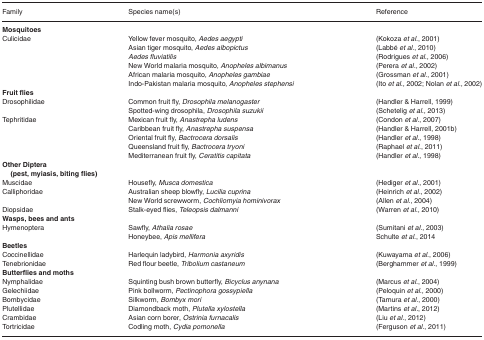
<table><thead><tr><td><b>Family</b></td><td><b>Species name(s)</b></td><td><b>Reference</b></td></tr></thead><tbody><tr><td colspan="2"><b>Mosquitoes</b></td><td></td></tr><tr><td rowspan="6">Culicidae</td><td>Yellow fever mosquito, <i>Aedes aegypti</i></td><td>(Kokoza <i>et al.</i>, 2001)</td></tr><tr><td>Asian tiger mosquito, <i>Aedes albopictus</i></td><td>(Labbé <i>et al.</i>, 2010)</td></tr><tr><td><i>Aedes fluviatilis</i></td><td>(Rodrigues <i>et al.</i>, 2006)</td></tr><tr><td>New World malaria mosquito, <i>Anopheles albimanus</i></td><td>(Perera <i>et al.</i>, 2002)</td></tr><tr><td>African malaria mosquito, <i>Anopheles gambiae</i></td><td>(Grossman <i>et al.</i>, 2001)</td></tr><tr><td>Indo‐Pakistan malaria mosquito, <i>Anopheles stephensi</i></td><td>(Ito <i>et al.</i>, 2002; Nolan <i>et al.</i>, 2002)</td></tr><tr><td colspan="2"><b>Fruit flies</b></td><td></td></tr><tr><td rowspan="2">Drosophilidae</td><td>Common fruit fly, <i>Drosophila melanogaster</i></td><td>(Handler &amp; Harrell, 1999)</td></tr><tr><td>Spotted‐wing drosophila, <i>Drosophila suzukii</i></td><td>(Schetelig <i>et al.</i>, 2013)</td></tr><tr><td rowspan="5">Tephritidae</td><td>Mexican fruit fly, <i>Anastrepha ludens</i></td><td>(Condon <i>et al.</i>, 2007)</td></tr><tr><td>Caribbean fruit fly, <i>Anastrepha suspensa</i></td><td>(Handler &amp; Harrell, 2001b)</td></tr><tr><td>Oriental fruit fly, <i>Bactrocera dorsalis</i></td><td>(Handler <i>et al.</i>, 1998)</td></tr><tr><td>Queensland fruit fly, <i>Bactrocera tryoni</i></td><td>(Raphael <i>et al.</i>, 2011)</td></tr><tr><td>Mediterranean fruit fly, <i>Ceratitis capitata</i></td><td>(Handler <i>et al.</i>, 1998)</td></tr><tr><td colspan="2"><b>Other Diptera (pest, myiasis, biting flies)</b></td><td></td></tr><tr><td>Muscidae</td><td>Housefly, <i>Musca domestica</i></td><td>(Hediger <i>et al.</i>, 2001)</td></tr><tr><td rowspan="2">Calliphoridae</td><td>Australian sheep blowfly, <i>Lucilia cuprina</i></td><td>(Heinrich <i>et al.</i>, 2002)</td></tr><tr><td>New World screwworm, <i>Cochliomyia hominivorax</i></td><td>(Allen <i>et al.</i>, 2004)</td></tr><tr><td>Diopsidae</td><td>Stalk‐eyed flies, <i>Teleopsis dalmanni</i></td><td>(Warren <i>et al.</i>, 2010)</td></tr><tr><td colspan="2"><b>Wasps, bees and ants</b></td><td></td></tr><tr><td rowspan="2">Hymenoptera</td><td>Sawfly, <i>Athalia rosae</i></td><td>(Sumitani <i>et al.</i>, 2003)</td></tr><tr><td>Honeybee, <i>Apis mellifera</i></td><td>Schulte <i>et al.</i>, 2014</td></tr><tr><td colspan="2"><b>Beetles</b></td><td></td></tr><tr><td>Coccinellidae</td><td>Harlequin ladybird, <i>Harmonia axyridis</i></td><td>(Kuwayama <i>et al.</i>, 2006)</td></tr><tr><td>Tenebrionidae</td><td>Red flour beetle, <i>Tribolium castaneum</i></td><td>(Berghammer <i>et al.</i>, 1999)</td></tr><tr><td colspan="2"><b>Butterflies and moths</b></td><td></td></tr><tr><td>Nymphalidae</td><td>Squinting bush brown butterfly, <i>Bicyclus anynana</i></td><td>(Marcus <i>et al.</i>, 2004)</td></tr><tr><td>Gelechiidae</td><td>Pink bollworm, <i>Pectinophora gossypiella</i></td><td>(Peloquin <i>et al.</i>, 2000)</td></tr><tr><td>Bombycidae</td><td>Silkworm, <i>Bombyx mori</i></td><td>(Tamura <i>et al.</i>, 2000)</td></tr><tr><td>Plutellidae</td><td>Diamondback moth, <i>Plutella xylostella</i></td><td>(Martins <i>et al.</i>, 2012)</td></tr><tr><td>Crambidae</td><td>Asian corn borer, <i>Ostrinia furnacalis</i></td><td>(Liu <i>et al.</i>, 2012)</td></tr><tr><td>Tortricidae</td><td>Codling moth, <i>Cydia pomonella</i></td><td>(Ferguson <i>et al.</i>, 2011)</td></tr></tbody></table>